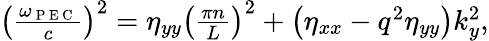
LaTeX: \begin{array}{r}{\left(\frac{\omega_{\mathrm{~P~E~C~}}}{c}\right)^{2}=\eta_{yy}\left(\frac{\pi n}{L}\right)^{2}+\left(\eta_{xx}-q^{2}\eta_{yy}\right)k_{y}^{2},}\end{array}